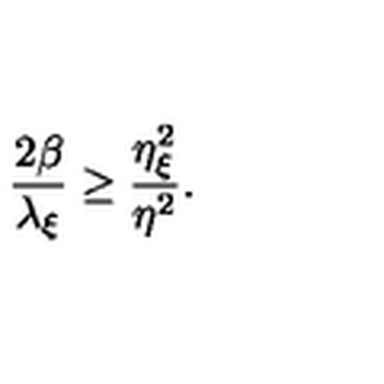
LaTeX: \frac { 2 \beta } { \lambda _ { \xi } } \geq \frac { \eta _ { \xi } ^ { 2 } } { \eta ^ { 2 } } .